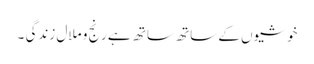
خوشیوں کے ساتھ ساتھ ہے رنج و ملال زندگی ۔